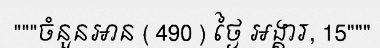
"""ចំនួនអាន ( 490 ) ថ្ងៃ អង្គារ, 15"""